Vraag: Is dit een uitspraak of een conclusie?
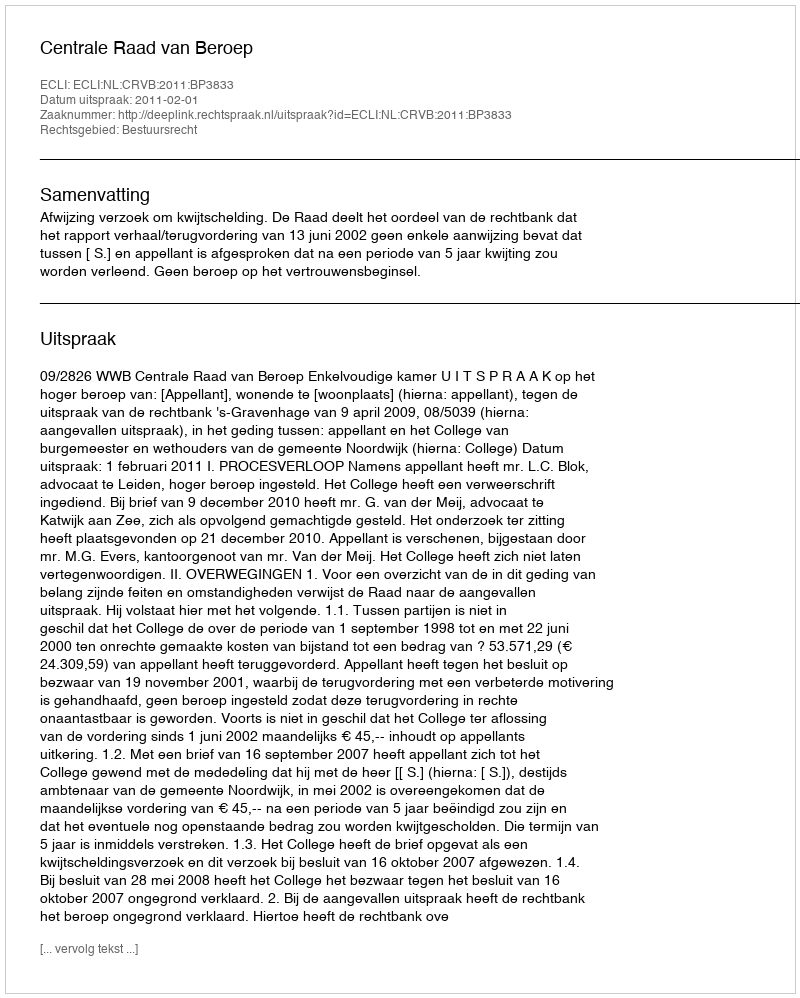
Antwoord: Uitspraak